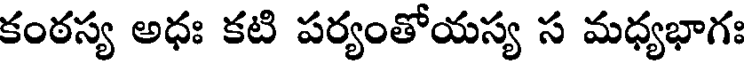
కంఠస్య అధః కటి పర్యంతోయస్య స మధ్యభాగః